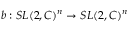
b : S L ( 2 , C ) ^ { n } \rightarrow S L ( 2 , C ) ^ { n }